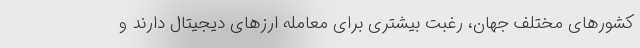
کشورهای مختلف جهان، رغبت بیشتری برای معامله ارزهای دیجیتال دارند و